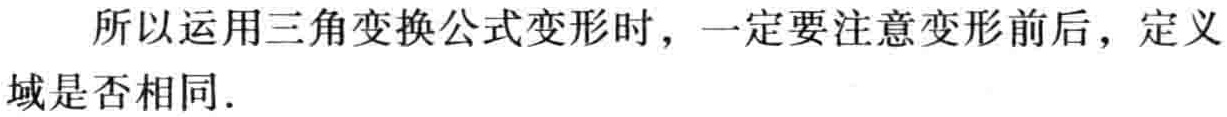
所以运用三角变换公式变形时，一定要注意变形前后，定义域是否相同．